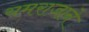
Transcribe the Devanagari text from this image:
यमराजाने